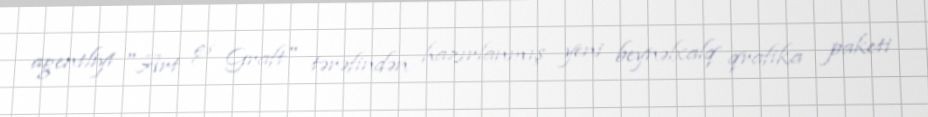
agentliyi "Art & Graft" tərəfindən hazırlanmış yeni beynəlxalq qrafika paketi